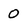
Character: 0